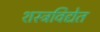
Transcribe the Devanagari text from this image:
शस्त्रविद्येत